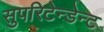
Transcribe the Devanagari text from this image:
सुपरिटेन्डेन्ट